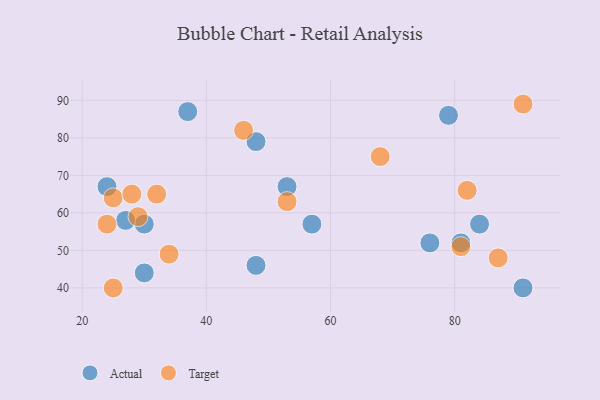
{"axis": {"x": "GDP", "y": "Life Expectancy"}, "legend": ["Actual", "Target"], "data": [{"x": "91", "y": 40, "type": "Actual"}, {"x": "30", "y": 57, "type": "Actual"}, {"x": "84", "y": 57, "type": "Actual"}, {"x": "81", "y": 52, "type": "Actual"}, {"x": "30", "y": 44, "type": "Actual"}, {"x": "76", "y": 52, "type": "Actual"}, {"x": "79", "y": 86, "type": "Actual"}, {"x": "27", "y": 58, "type": "Actual"}, {"x": "57", "y": 57, "type": "Actual"}, {"x": "48", "y": 79, "type": "Actual"}, {"x": "53", "y": 67, "type": "Actual"}, {"x": "24", "y": 67, "type": "Actual"}, {"x": "37", "y": 87, "type": "Actual"}, {"x": "48", "y": 46, "type": "Actual"}, {"x": "91", "y": 89, "type": "Target"}, {"x": "24", "y": 57, "type": "Target"}, {"x": "29", "y": 59, "type": "Target"}, {"x": "53", "y": 63, "type": "Target"}, {"x": "82", "y": 66, "type": "Target"}, {"x": "34", "y": 49, "type": "Target"}, {"x": "46", "y": 82, "type": "Target"}, {"x": "32", "y": 65, "type": "Target"}, {"x": "25", "y": 64, "type": "Target"}, {"x": "81", "y": 51, "type": "Target"}, {"x": "87", "y": 48, "type": "Target"}, {"x": "68", "y": 75, "type": "Target"}, {"x": "25", "y": 40, "type": "Target"}, {"x": "28", "y": 65, "type": "Target"}]}